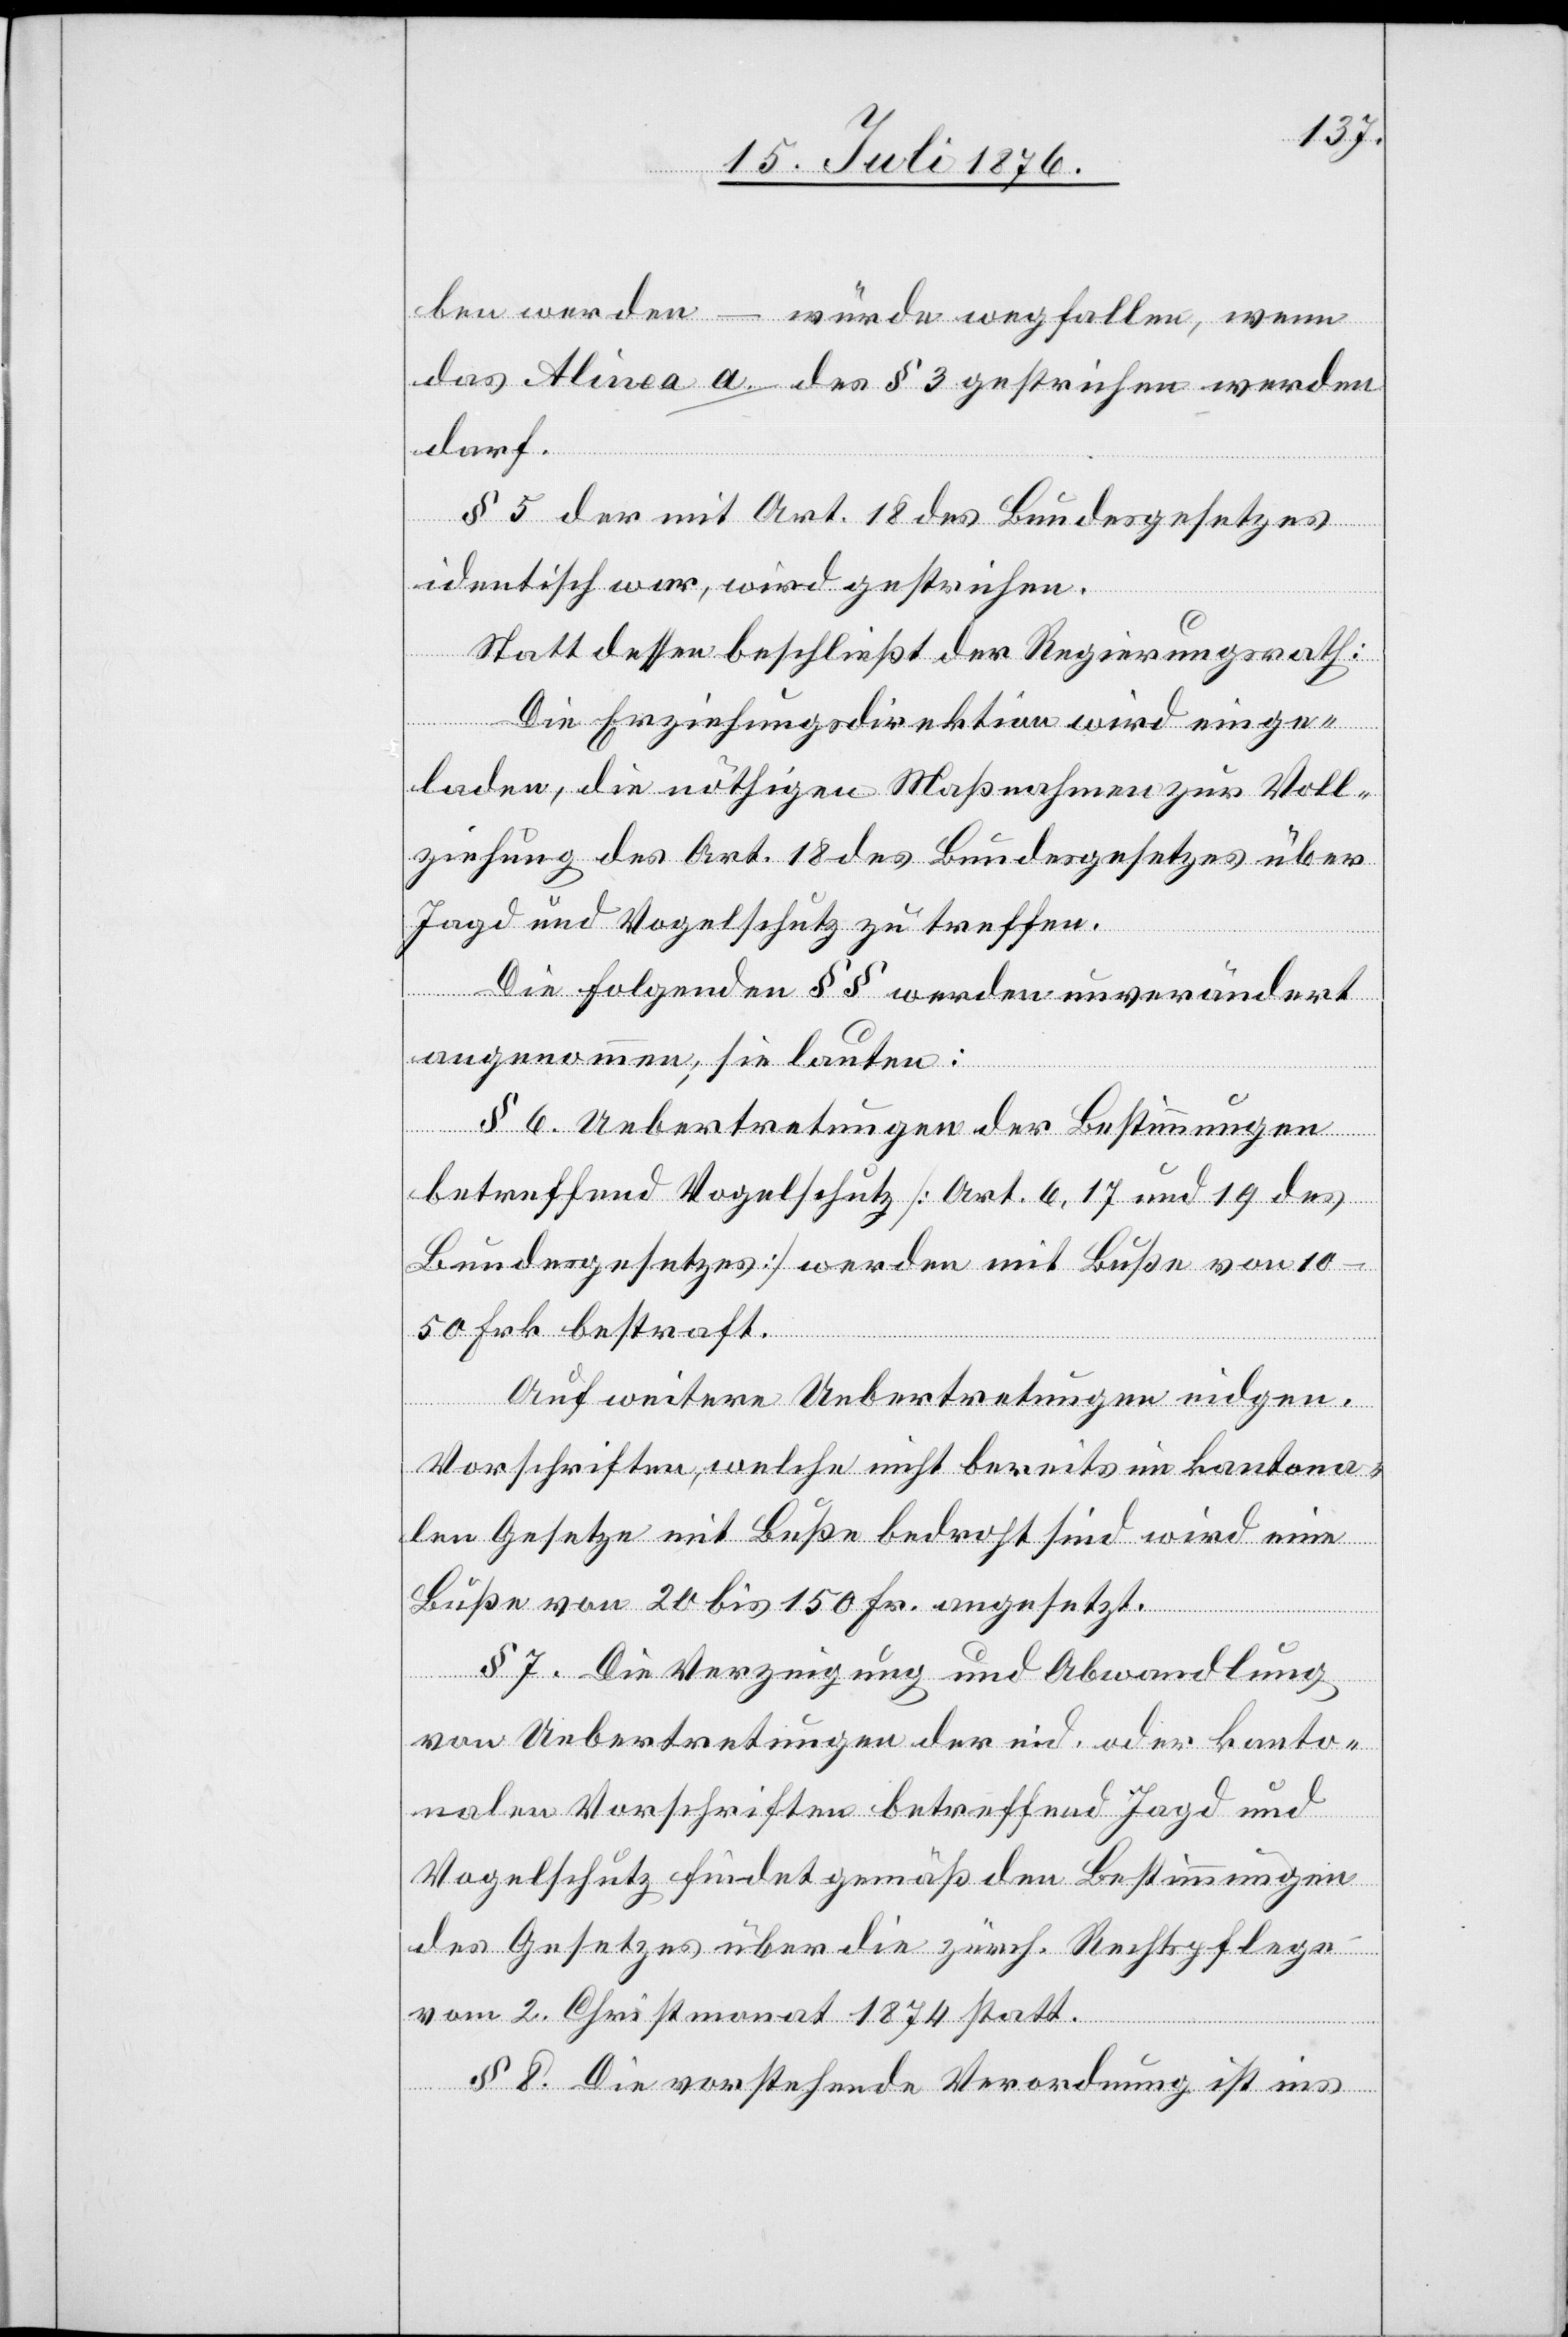
ben werden – würde wegfallen, wenn
das Alinea a. des § 3 gestrichen werden
darf.
§ 5 der mit Art. 18 des Bundesgesetzes
identisch war, wird gestrichen.
Statt dessen beschließt der Regierungsrath:
Die Erziehungsdirektion wird einge¬
laden, die nöthigen Maßnahmen zu Voll¬
ziehung des Art. 18 des Bundesgesetzes über
Jagd und Vogelschutz zu treffen.
Die folgenden §§ werden unverändert
angenommen; sie lauten:
§ 6. Uebertretungen der Bestimmungen
betreffend Vogelschutz [Art. 6, 17 und 19 des
Bundesgesetzes] werden mit Buße von 10–50
Frk. bestraft.
Auf weitere Uebertretungen eidgen.
Vorschriften, welche nicht bereits im kantona¬
len Gesetze mit Buße bedroht sind wird eine
Buße von 20 bis 150 Fr. angesetzt.
§ 7. Die Verzeigung und Abwandlung
von Uebertretungen der eid. oder kanto¬
nalen Vorschriften betreffend Jagd und
Vogelschutz findet gemäß den Bestimmungen
des Gesetzes über die zürch. Rechtspflege
vom 2. Christmonat 1874 statt.
§ 8. Die vorstehende Verordnung ist ins